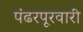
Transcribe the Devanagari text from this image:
पंढरपूरवारी